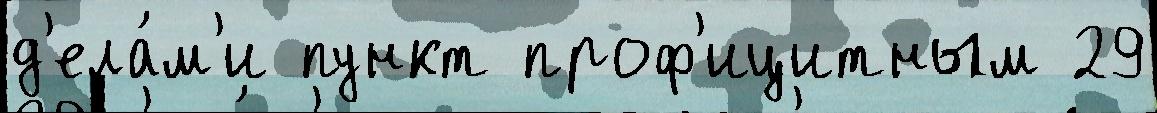
д'ела́м'и пункт проф'ицитным 29